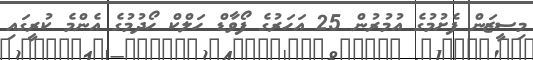
މިސީޒަން ފެށުމުގެ އުމުރުން 25 އަހަރުގެ ފޯވާޑް ހަލްކް ހޯދުމުގެ އެންމެ ކުރީގައި